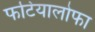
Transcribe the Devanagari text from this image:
फटियालोफा